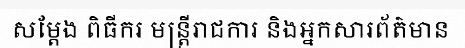
សម្តែង ពិធីករ មន្ត្រីរាជការ និងអ្នកសារព័ត៌មាន